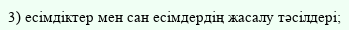
3) есімдіктер мен сан есімдердің жасалу тәсілдері;